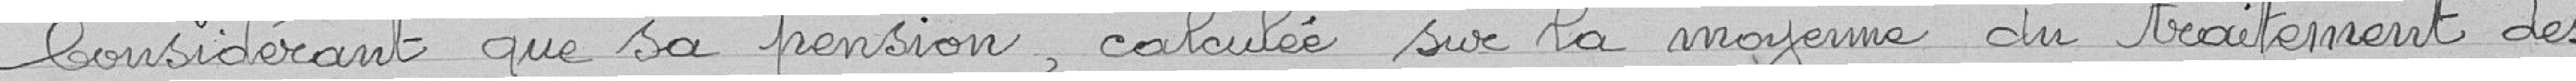
Considérant que sa pension, calculée sur la moyenne du traitement des